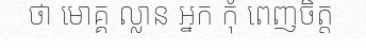
ថា មោគ្គ ល្លាន អ្នក កុំ ពេញចិត្ត